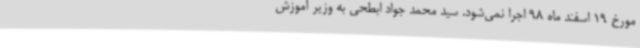
مورخ 19 اسفند ماه 98 اجرا نمی‌شود. سید محمد جواد ابطحی به وزیر آموزش